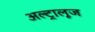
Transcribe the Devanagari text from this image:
अल्ट्रालूज